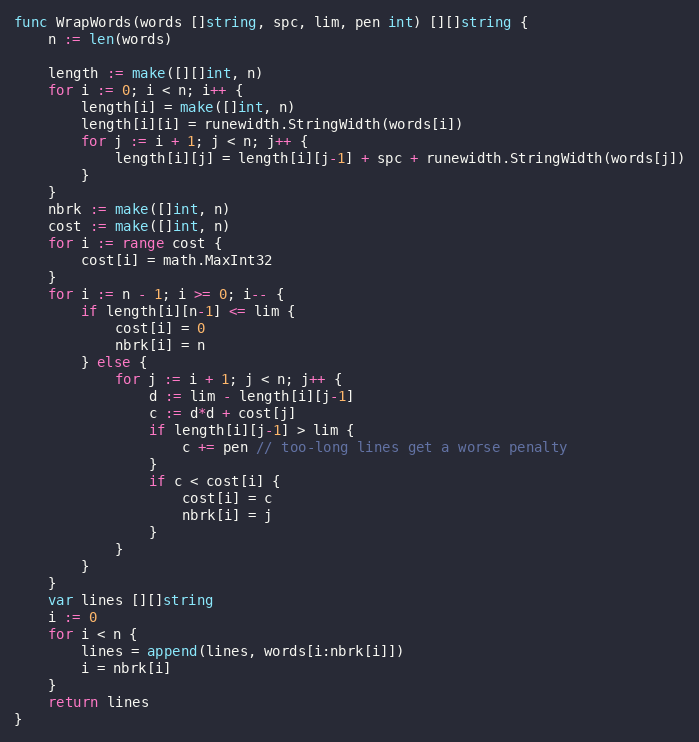
Language: Go
func WrapWords(words []string, spc, lim, pen int) [][]string {
	n := len(words)

	length := make([][]int, n)
	for i := 0; i < n; i++ {
		length[i] = make([]int, n)
		length[i][i] = runewidth.StringWidth(words[i])
		for j := i + 1; j < n; j++ {
			length[i][j] = length[i][j-1] + spc + runewidth.StringWidth(words[j])
		}
	}
	nbrk := make([]int, n)
	cost := make([]int, n)
	for i := range cost {
		cost[i] = math.MaxInt32
	}
	for i := n - 1; i >= 0; i-- {
		if length[i][n-1] <= lim {
			cost[i] = 0
			nbrk[i] = n
		} else {
			for j := i + 1; j < n; j++ {
				d := lim - length[i][j-1]
				c := d*d + cost[j]
				if length[i][j-1] > lim {
					c += pen // too-long lines get a worse penalty
				}
				if c < cost[i] {
					cost[i] = c
					nbrk[i] = j
				}
			}
		}
	}
	var lines [][]string
	i := 0
	for i < n {
		lines = append(lines, words[i:nbrk[i]])
		i = nbrk[i]
	}
	return lines
}